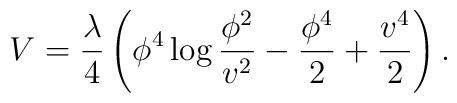
V =  {\lambda\over 4} \left(\phi^4\log {\phi^2\over v^2}- {\phi^4\over2} +{v^4\over2} \right).